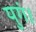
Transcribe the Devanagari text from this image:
युगं।